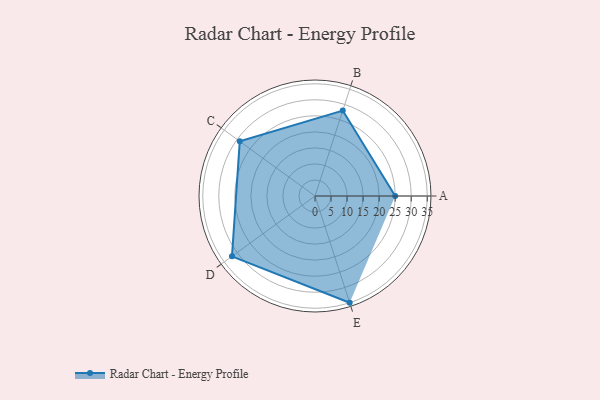
{"axis": {"x": "Skill", "y": "Score"}, "legend": ["Profile"], "data": [{"x": "A", "y": 25.0, "type": "Profile"}, {"x": "B", "y": 28.0, "type": "Profile"}, {"x": "C", "y": 29.0, "type": "Profile"}, {"x": "D", "y": 32.0, "type": "Profile"}, {"x": "E", "y": 35.0, "type": "Profile"}]}